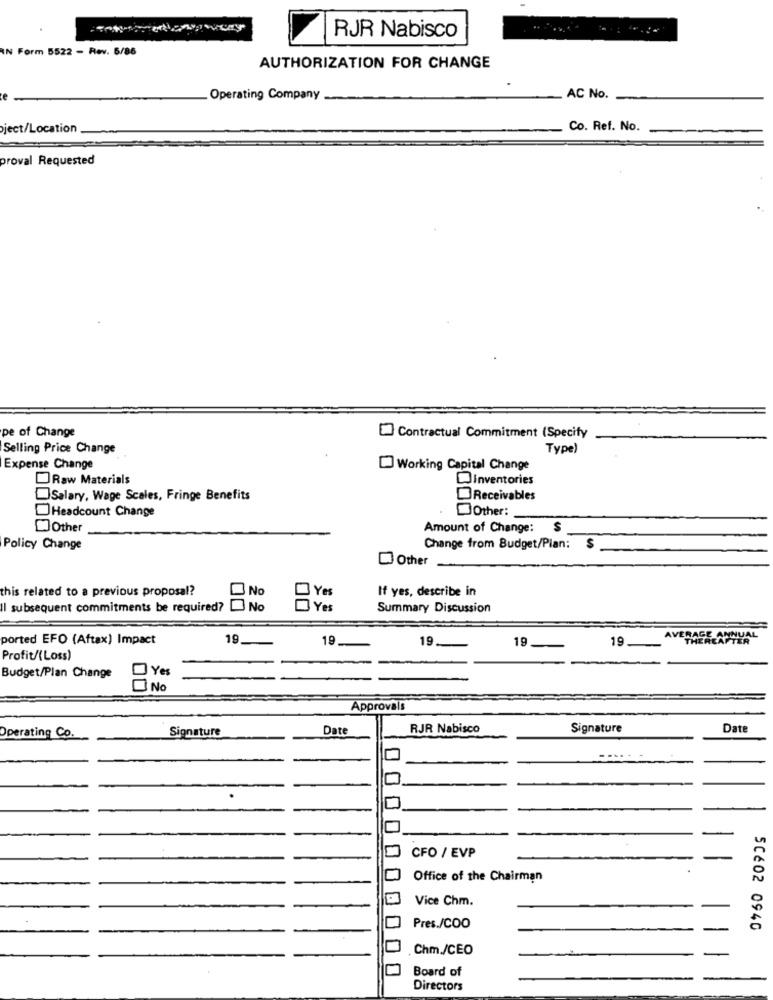
RJR Nabisco
IN Form 5522 - Rev. 5/86
AUTHORIZATION FOR CHANGE
e
Operating Company
AC No.
ject/Location
Co. Ref. No.
proval Requested
pe of Change
Contractual Commitment (Specify
Selling Price Change
Type)
Expense Change
Working Capital Change
Raw Materials
Dinventories
Salary, Wage Scales, Fringe Benefits
Receivables
Headcount Change
Other:
Other
Amount of Change:
S
Policy Change
Change from Budget/Plan:
$
Other
this related to a previous proposal?
No
Yes
If yes, describe in
Il subsequent commitments be required? No
Yes
Summary Discussion
AVERAGE ANNUAL
ported EFO (Aftax) Impact
19
19
19.
19
19
THEREAFTER
Profit/(Loss)
Yes
Budget/Plan Change
NO
Approvals
Signature
Date
RJR Nabisco
Signature
Date
Operating Co.
CFO / EVP
Office of the Chairman
Vice Chm.
Pres./COO
50602 0940
Chm./CEO
Board of
Directors